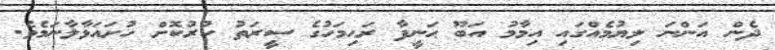
ދެން އަންނަ ލިޔުމެއްގައި އިމާމު އަބޫ ޙަނީފާ ރަޙިމަހުގެ ސީރަތު ކުރުކޮށް ހުށައަޅާލާނަމެވެ.